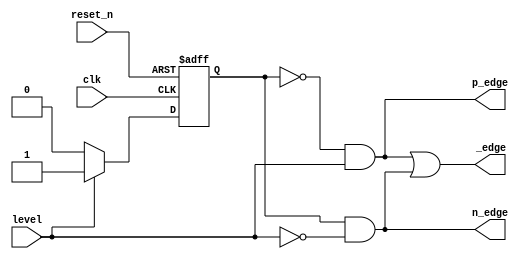
`timescale 1ns / 1ps
module edge_detector(
input clk, 
input reset_n,
input level,
output p_edge,
output n_edge,
output _edge
);
    
    // Edge detector with Mealy outputs
    reg state_reg, state_next;
    parameter s0 = 0, s1 = 1;
    
    // Sequential state registers
    always @(posedge clk, negedge reset_n)
    begin
        if (~reset_n)
            state_reg <= s0;
        else
            state_reg <= state_next;
    end
    
    // Next state logic
    always @(*)
    begin
        case(state_reg)
            s0: 
		if (level)
                    state_next = s1;
                else
                    state_next = s0;
            s1: 
		if (level)
                    state_next = s1;
                else
                    state_next = s0;
            default: state_next = s0;                
        endcase
    end
    
    // Output logic
    assign p_edge = (state_reg == s0) & level;
    assign n_edge = (state_reg == s1) & ~level;
    assign _edge = p_edge | n_edge;

endmodule